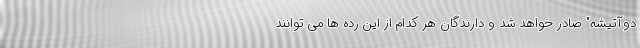
دوآتیشه" صادر خواهد شد و دارندگان هر کدام از این رده ها می توانند